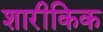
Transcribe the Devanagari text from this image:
शारीकिक